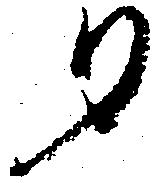
夕